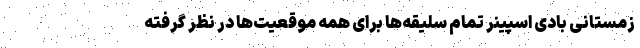
زمستانی بادی اسپینر تمام سلیقه‌ها برای همه موقعیت‌ها در نظر گرفته